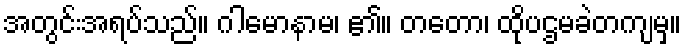
အတွင်းအရပ်သည်။ ဂါမောနာမ၊ ၏။ တတော၊ ထိုပဌမခဲတကျမှ။